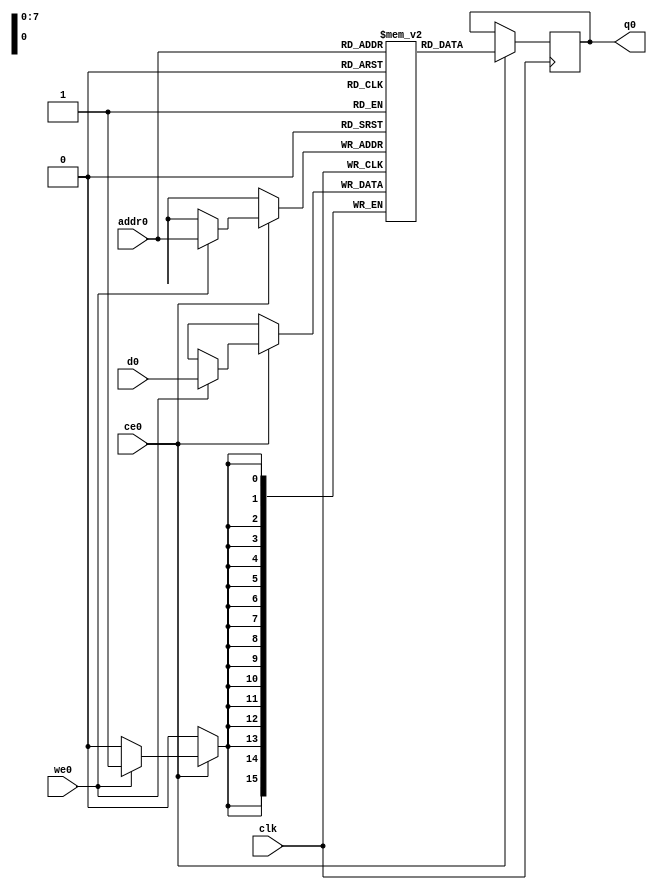
// ==============================================================
// Vivado(TM) HLS - High-Level Synthesis from C, C++ and SystemC v2019.1 (64-bit)
// Copyright 1986-2019 Xilinx, Inc. All Rights Reserved.
// ==============================================================
`timescale 1 ns / 1 ps
module forward_pass_maxphbi_ram (addr0, ce0, d0, we0, q0,  clk);

parameter DWIDTH = 16;
parameter AWIDTH = 8;
parameter MEM_SIZE = 144;

input[AWIDTH-1:0] addr0;
input ce0;
input[DWIDTH-1:0] d0;
input we0;
output reg[DWIDTH-1:0] q0;
input clk;

(* ram_style = "block" *)reg [DWIDTH-1:0] ram[0:MEM_SIZE-1];




always @(posedge clk)  
begin 
    if (ce0) 
    begin
        if (we0) 
        begin 
            ram[addr0] <= d0; 
        end 
        q0 <= ram[addr0];
    end
end


endmodule

`timescale 1 ns / 1 ps
module forward_pass_maxphbi(
    reset,
    clk,
    address0,
    ce0,
    we0,
    d0,
    q0);

parameter DataWidth = 32'd16;
parameter AddressRange = 32'd144;
parameter AddressWidth = 32'd8;
input reset;
input clk;
input[AddressWidth - 1:0] address0;
input ce0;
input we0;
input[DataWidth - 1:0] d0;
output[DataWidth - 1:0] q0;



forward_pass_maxphbi_ram forward_pass_maxphbi_ram_U(
    .clk( clk ),
    .addr0( address0 ),
    .ce0( ce0 ),
    .we0( we0 ),
    .d0( d0 ),
    .q0( q0 ));

endmodule